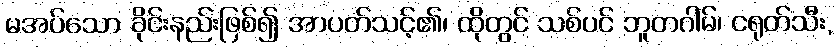
မအပ်သော ခိုင်းနည်းဖြစ်၍ အာပတ်သင့်၏၊ ထိုတွင် သစ်ပင် ဘူတဂါမ်၊ ငရုတ်သီး,